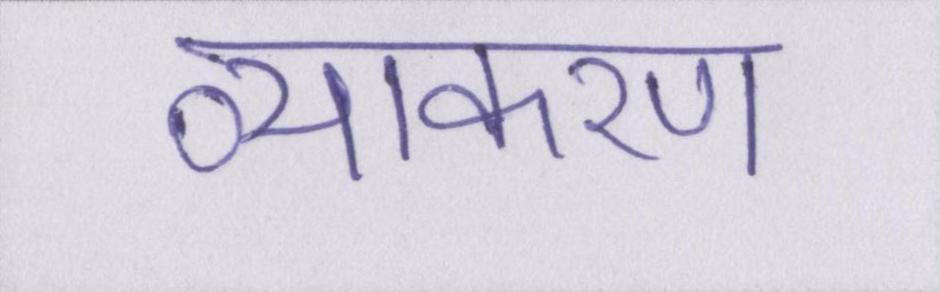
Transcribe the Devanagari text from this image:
व्याकरण